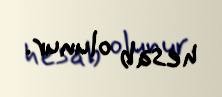
hesab olunur.